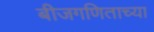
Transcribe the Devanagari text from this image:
बीजगणिताच्या